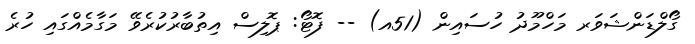
ގޯލްޑަންޝަވަރ މަހްމޫދު ހުސައިން (51އ) -- ފޮޓޯ: ޕޮލިސް އިތުބާރުކުރެވޭ މަގާމެއްގައި ހުރެ